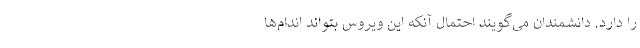
را دارد. دانشمندان می‌گویند احتمال آنکه این ویروس بتواند اندام‌ها